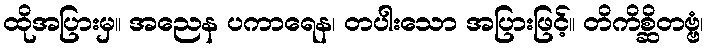
ထိုအပြားမှ။ အညေန ပကာရေန၊ တပါးသော အပြားဖြင့်။ တိကိစ္ဆိတဗ္ဗံ၊